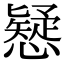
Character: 𢣕